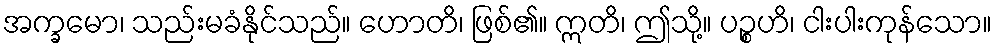
အက္ခမော၊ သည်းမခံနိုင်သည်။ ဟောတိ၊ ဖြစ်၏။ ဣတိ၊ ဤသို့။ ပဉ္စဟိ၊ ငါးပါးကုန်သော။